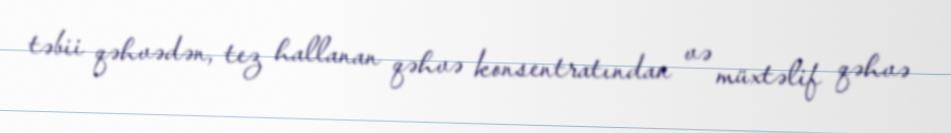
təbii qəhvədən, tez hallanan qəhvə konsentratından və müxtəlif qəhvə